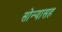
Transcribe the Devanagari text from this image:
सोन्यासह